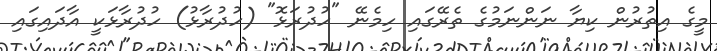
މީގެ އިތުރުން ކިޔާ ނަންނަމުގެ ތެރޭގައި ހިމެނޭ "ހުދުރަޅޮ" (ހުދުރާޅު) ހުދުރާޅަކީ އާދައިގައި